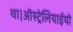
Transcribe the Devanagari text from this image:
था।ऑस्ट्रेलियाईयो